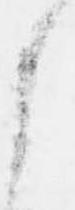
之